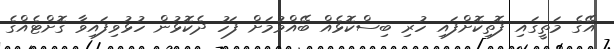
އޭގެ މަތީގައި ފޮތިކޮށްފައި ހުރި ބިސްކޮޅެއް ބޭއްވުމަށް ފަހު ދެކޮޅުން ހުޅުވިފައިވާ ގޮށްޓެއްގެ